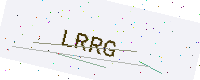
Text: LRRG